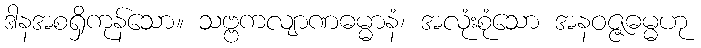
ဒါနအစရှိကုန်သော။ သဗ္ဗကလျာဏဓမ္မာနံ၊ အလုံးစုံသော အနဝဇ္ဇဓမ္မဟု